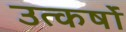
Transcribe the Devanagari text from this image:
उत्कर्षों